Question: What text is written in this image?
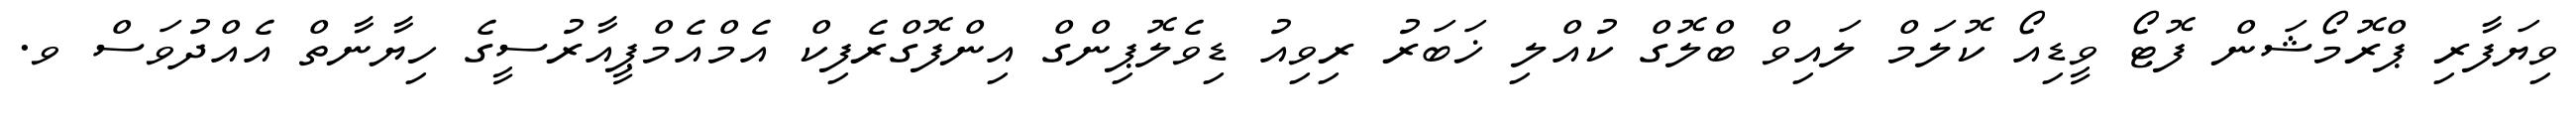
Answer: ވިޔަފާރި ޕްރޮމޯޝަން ފޮޓޯ ވީޑިއޯ ކޮލަމް ލައިވް ބްލޮގް ކުއްލި ޚަބަރު ރިވިއު ޑިވެލޮޕިންގް އިންފޮގްރެފިކް އެމްއެމްޕީއާރުސީގެ ހިޔާނާތް އެއްދުވަސް ވ.